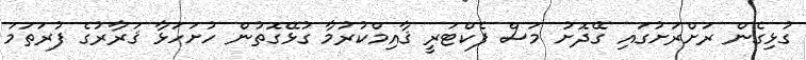
ގުޅިގެން ރަށްރަށުގައި ގޭދޮށު މަސް ފެކްޓަރީ ޤާއިމްކުރުމާ ގުޅޭގޮތުން ހުށަހަޅާ ޤަރާރުގެ ފުރަތަމަ